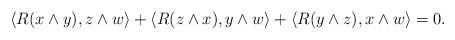
LaTeX: \begin{align*} \langle R(x\wedge y),z\wedge w\rangle+ \langle R(z\wedge x),y\wedge w\rangle+ \langle R(y\wedge z),x\wedge w\rangle=0.\end{align*}